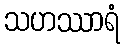
သဟဿာရံ